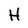
Character: H